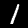
Digit: 1